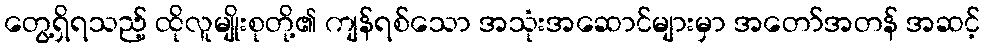
တွေ့ရှိရသည့် ထိုလူမျိုးစုတို့၏ ကျန်ရစ်သော အသုံးအဆောင်များမှာ အတော်အတန် အဆင့်